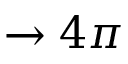
\to 4 \pi